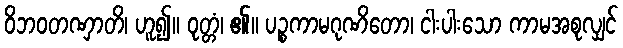
ဝိဘဝတဏှာတိ၊ ဟူ၍။ ဝုတ္တံ၊ ၏။ ပဉ္စကာမဂုဏိတော၊ ငါးပါးသော ကာမအစုလျှင်